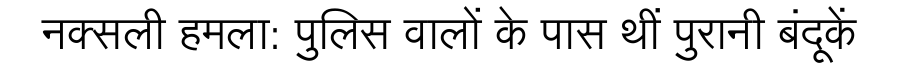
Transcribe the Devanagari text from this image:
नक्सली हमला: पुलिस वालों के पास थीं पुरानी बंदूकें